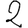
Digit: 2